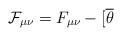
LaTeX: \begin{align*}\mathcal{F}_{\mu\nu}=F_{\mu\nu}-[\overline{\theta}\end{align*}